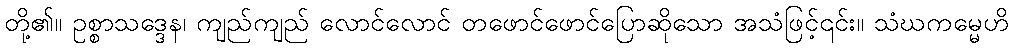
တို့၏။ ဥစ္စာသဒ္ဒေန၊ ကျည်ကျည် လောင်လောင် တဖောင်ဖောင်ပြောဆိုသော အသံဖြင့်၎င်း။ သံဃကမ္မေဟိ